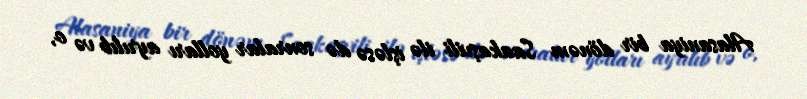
Alasaniya bir dönəm Saakaşvili ilə işləsə də sonralar yolları ayrılıb və o,